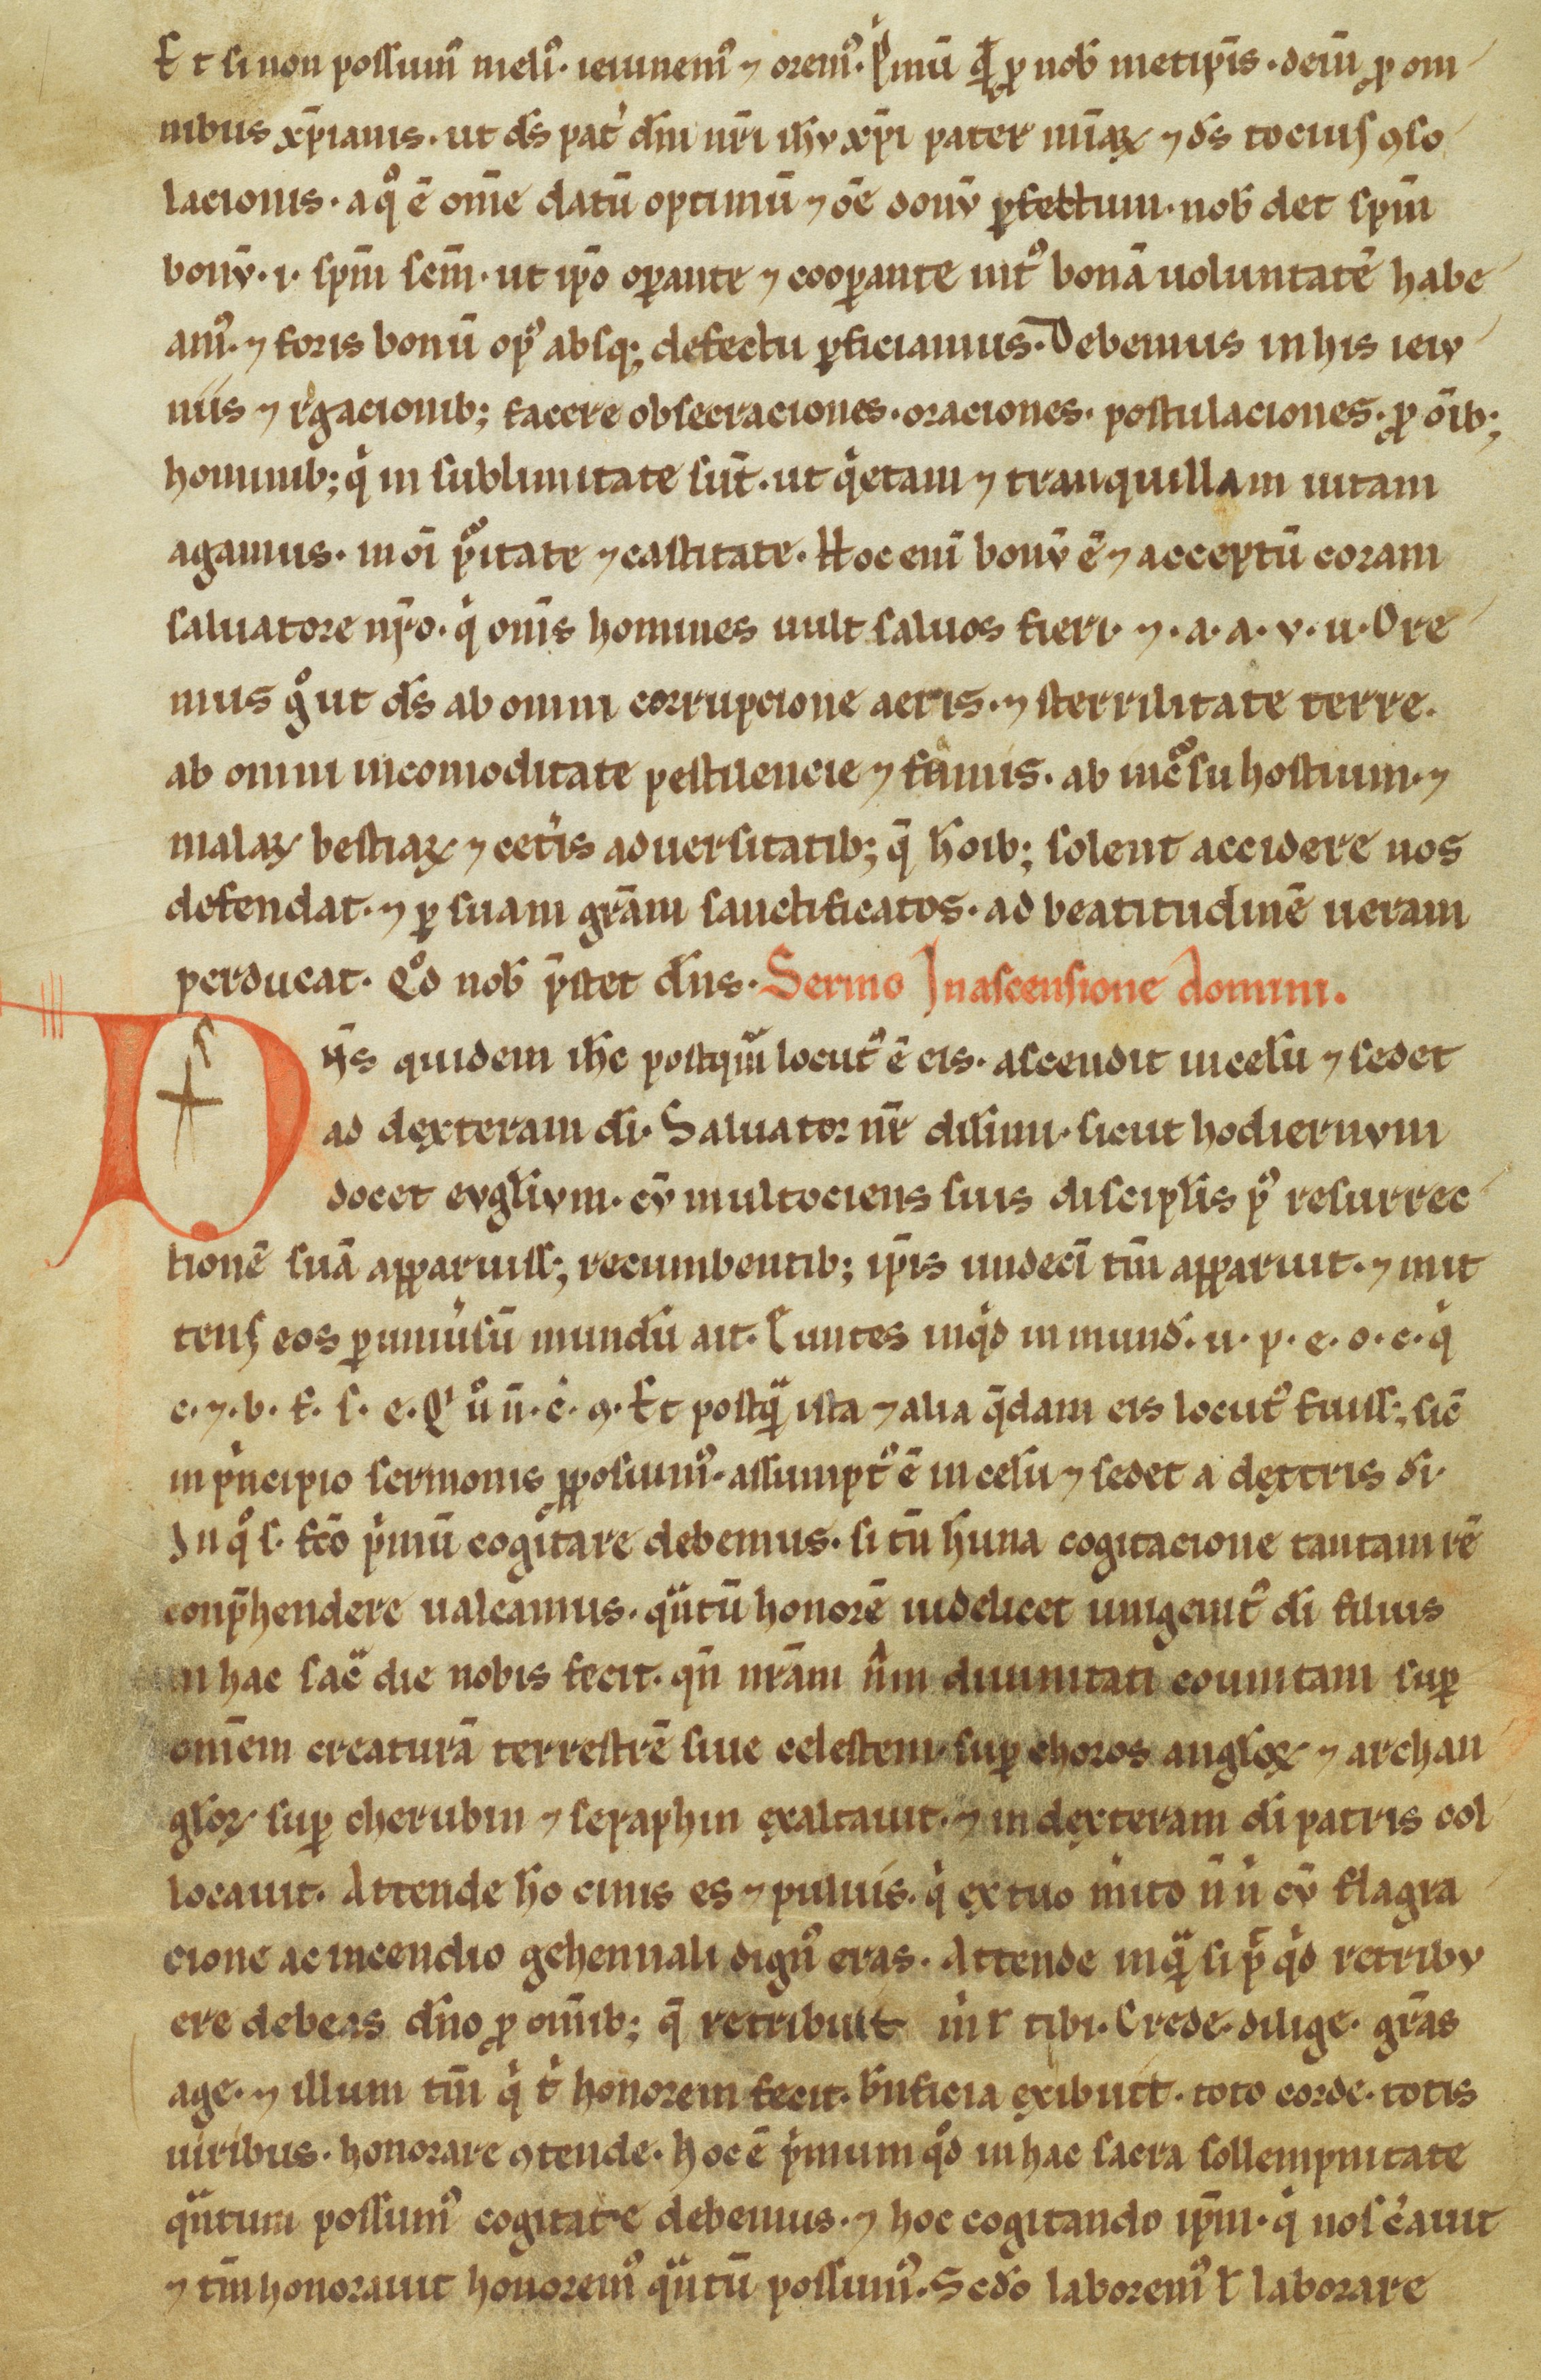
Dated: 1100–1299